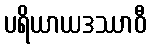
ပရိယာယဒဿာဝီ